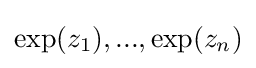
\exp(z_{1}),...,\exp(z_{n})